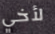
لأخي